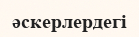
әскерлердегі